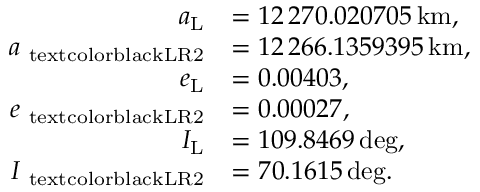
\begin{array} { r l } { a _ { \mathrm { L } } } & { = 1 2 \, 2 7 0 . 0 2 0 7 0 5 \, \mathrm { k m } , } \\ { a _ { \mathrm { \ t e x t c o l o r { b l a c k } { L R 2 } } } } & { = 1 2 \, 2 6 6 . 1 3 5 9 3 9 5 \, \mathrm { k m } , } \\ { e _ { \mathrm { L } } } & { = 0 . 0 0 4 0 3 , } \\ { e _ { \mathrm { \ t e x t c o l o r { b l a c k } { L R 2 } } } } & { = 0 . 0 0 0 2 7 , } \\ { I _ { \mathrm { L } } } & { = 1 0 9 . 8 4 6 9 \, \mathrm { d e g } , } \\ { I _ { \mathrm { \ t e x t c o l o r { b l a c k } { L R 2 } } } } & { = 7 0 . 1 6 1 5 \, \mathrm { d e g } . } \end{array}